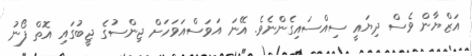
އަޒްޔާން ވެސް ދިޔައީ ސިއްސައިގެންނެވެ. އޭނަ އަވަސްއަވަހަށް ޖިންސުގެ ޖީބުގައި އޮތް ފޯނު